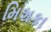
મિશકા